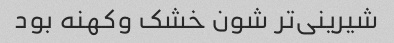
شیرینی‌تر شون خشک و‌کهنه بود